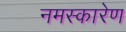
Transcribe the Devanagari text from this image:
नमस्कारेण